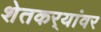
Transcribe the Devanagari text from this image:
शेतकर्‍यांवर